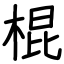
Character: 棍